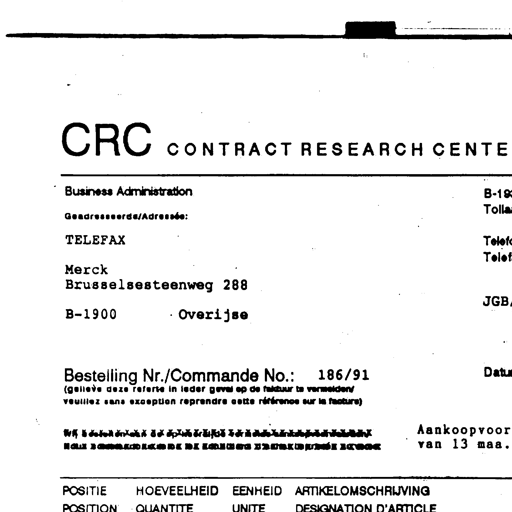
CRC CONTRACT RESEARCH CENTE
Business Administration
Geadresseerde/Adressée:
TELEFAX
Merck
Brusselsesteenweg 288
B-1900 Overijse
Bestelling Nr./Commande No.: 186/91
(gelieve deze referte in ieder geval op de faktuur te vermelden/
veuillez sans exception reprendre cette référence sur la facture)
B-19
Tolla
Telef
Telef
JGB
Datum
Aankoopvoor
van 13 maa.
POSITIE HOEVEELHEID EENHEID ARTIKELOMSCHRIJVING
POSITION QUANTITE UNITE DESIGNATION D'ARTICLE